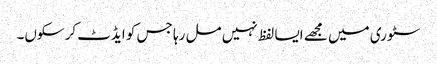
سٹوری میں مجھے ایسا لفظ نہیں مل رہا جس کو ایڈٹ کرسکوں۔